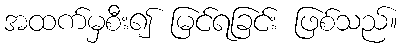
အထက်မှစီး၍ မြင်ရခြင်း ဖြစ်သည်။